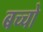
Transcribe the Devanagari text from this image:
बच्‍चो